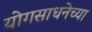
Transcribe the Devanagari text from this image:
योगसाधनेच्या